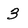
Character: 3